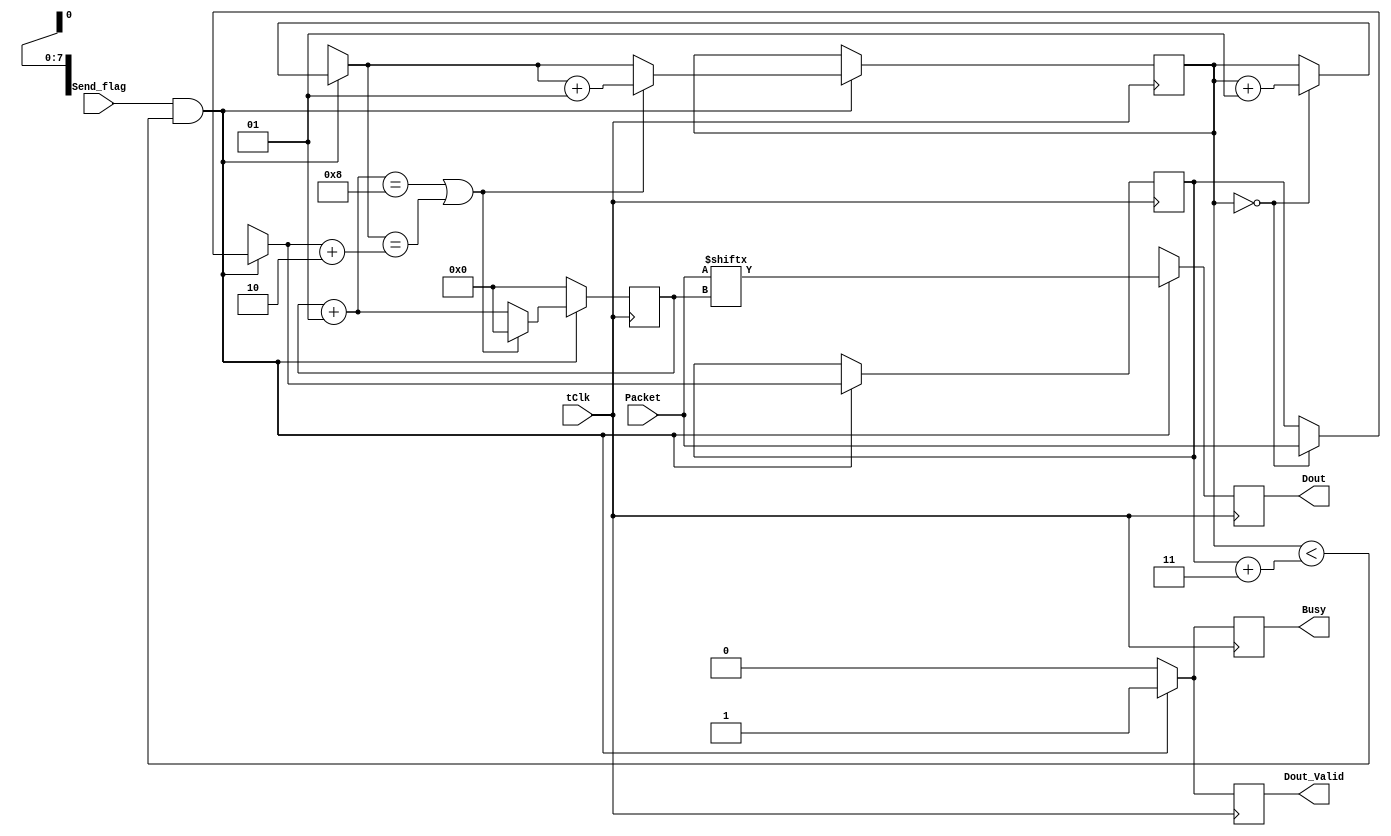
module Transmitter(Packet, tClk, Send_flag, Dout, Busy, Dout_Valid);

input [7:0] Packet;
input tClk, Send_flag;
output reg Dout, Busy, Dout_Valid;
integer i = 0;
integer counter = 0;
reg [7:0] Packet_Length = 0;

always @(posedge tClk)
begin
	if(Send_flag == 1 && counter < Packet_Length + 3)
	begin
		Dout = Packet[i];
		i = i + 1;
		if(counter == 0)
		begin
				Packet_Length = Packet;
				counter = counter + 1;
		end
				
		if(i == 8 || counter == Packet_Length + 2)
		begin
			i = 0;
			counter = counter + 1;
		end
		
		Busy = 1;
		Dout_Valid = 1;
	end
	else
	begin
		i = 0;
		Dout = 1'bx;
		Busy = 0;
		Dout_Valid = 0;
	end
end

endmodule